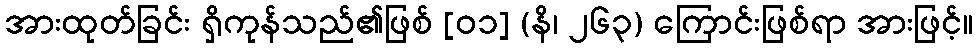
အားထုတ်ခြင်း ရှိကုန်သည်၏ဖြစ် [၀၁] (နိ၊ ၂၆၃) ကြောင်းဖြစ်ရာ အားဖြင့်။